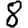
Digit: 8